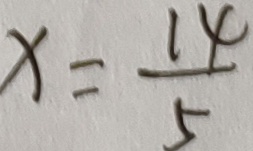
x = \frac { 1 4 } { 5 }